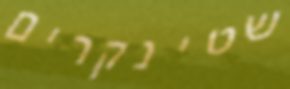
שטינקרים